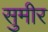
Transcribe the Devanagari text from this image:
सुमीर